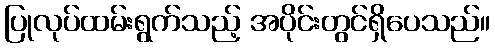
ပြုလုပ်ထမ်းရွက်သည့် အပိုင်းတွင်ရှိပေသည်။